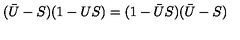
( \bar { U } - S ) ( 1 - U S ) = ( 1 - \bar { U } S ) ( \bar { U } - S )